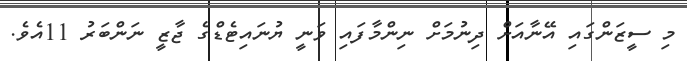
މި ސީޒަންގައި އޭނާއަށް ދިނުމަށް ނިންމާފައި ވަނީ ޔުނައިޓެޑްގެ ޖާޒީ ނަންބަރު 11އެވެ.